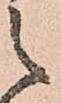
之